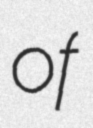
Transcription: of